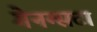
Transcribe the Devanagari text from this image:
गेनग्सटा